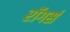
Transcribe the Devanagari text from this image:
रॉगर्स